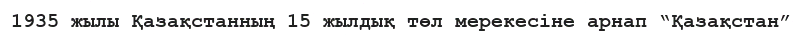
1935 жылы Қазақстанның 15 жылдық төл мерекесіне арнап “Қазақстан”